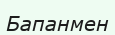
Бапанмен